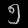
Digit: ၅